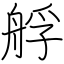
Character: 艀